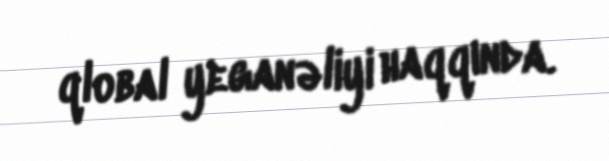
qlobal yeganəliyi haqqında.